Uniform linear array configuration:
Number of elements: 48
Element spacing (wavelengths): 0.75
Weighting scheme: blackman
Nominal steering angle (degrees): -60
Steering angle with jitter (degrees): -59.562
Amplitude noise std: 0.05
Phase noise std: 0.05

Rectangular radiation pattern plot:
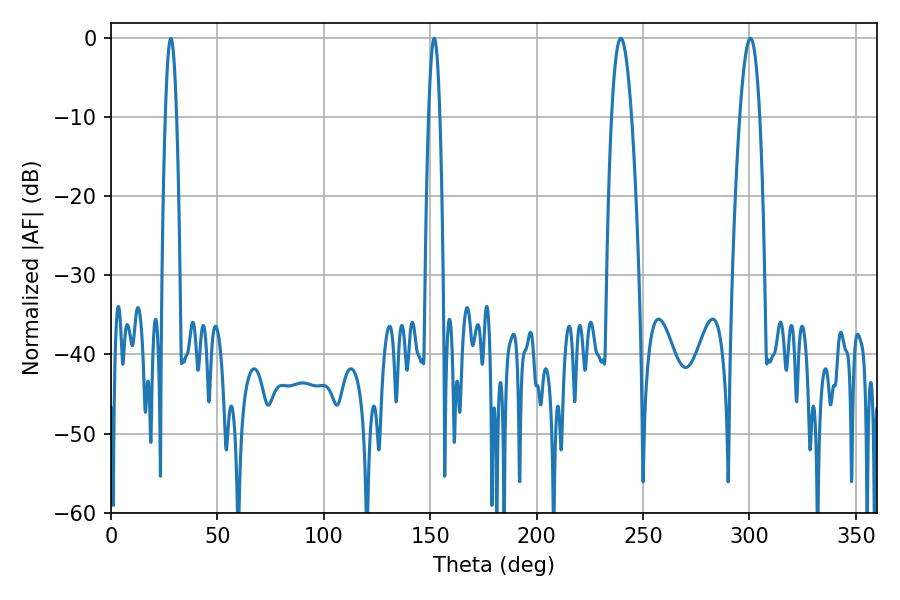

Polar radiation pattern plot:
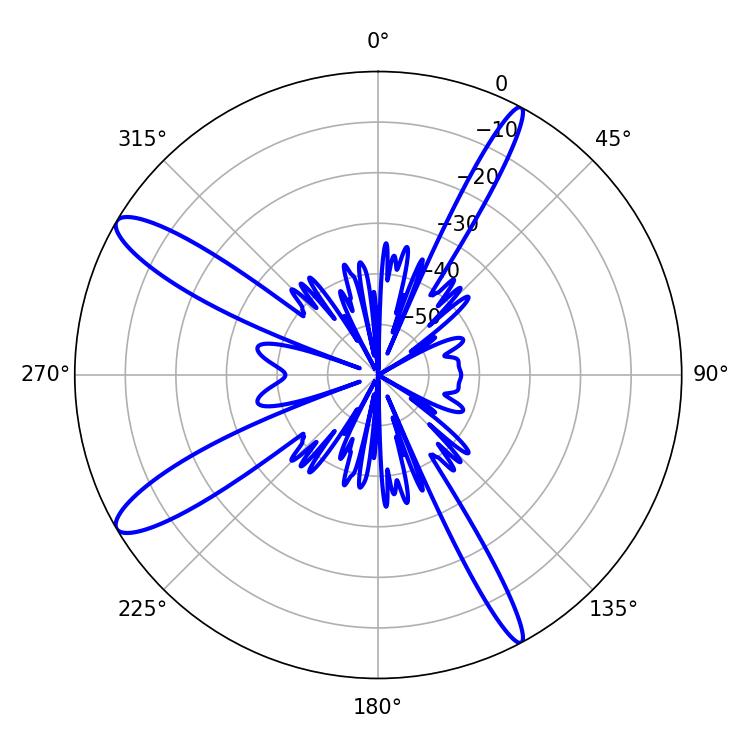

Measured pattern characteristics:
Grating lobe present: TRUE
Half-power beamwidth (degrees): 5.22
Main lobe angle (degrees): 300.42